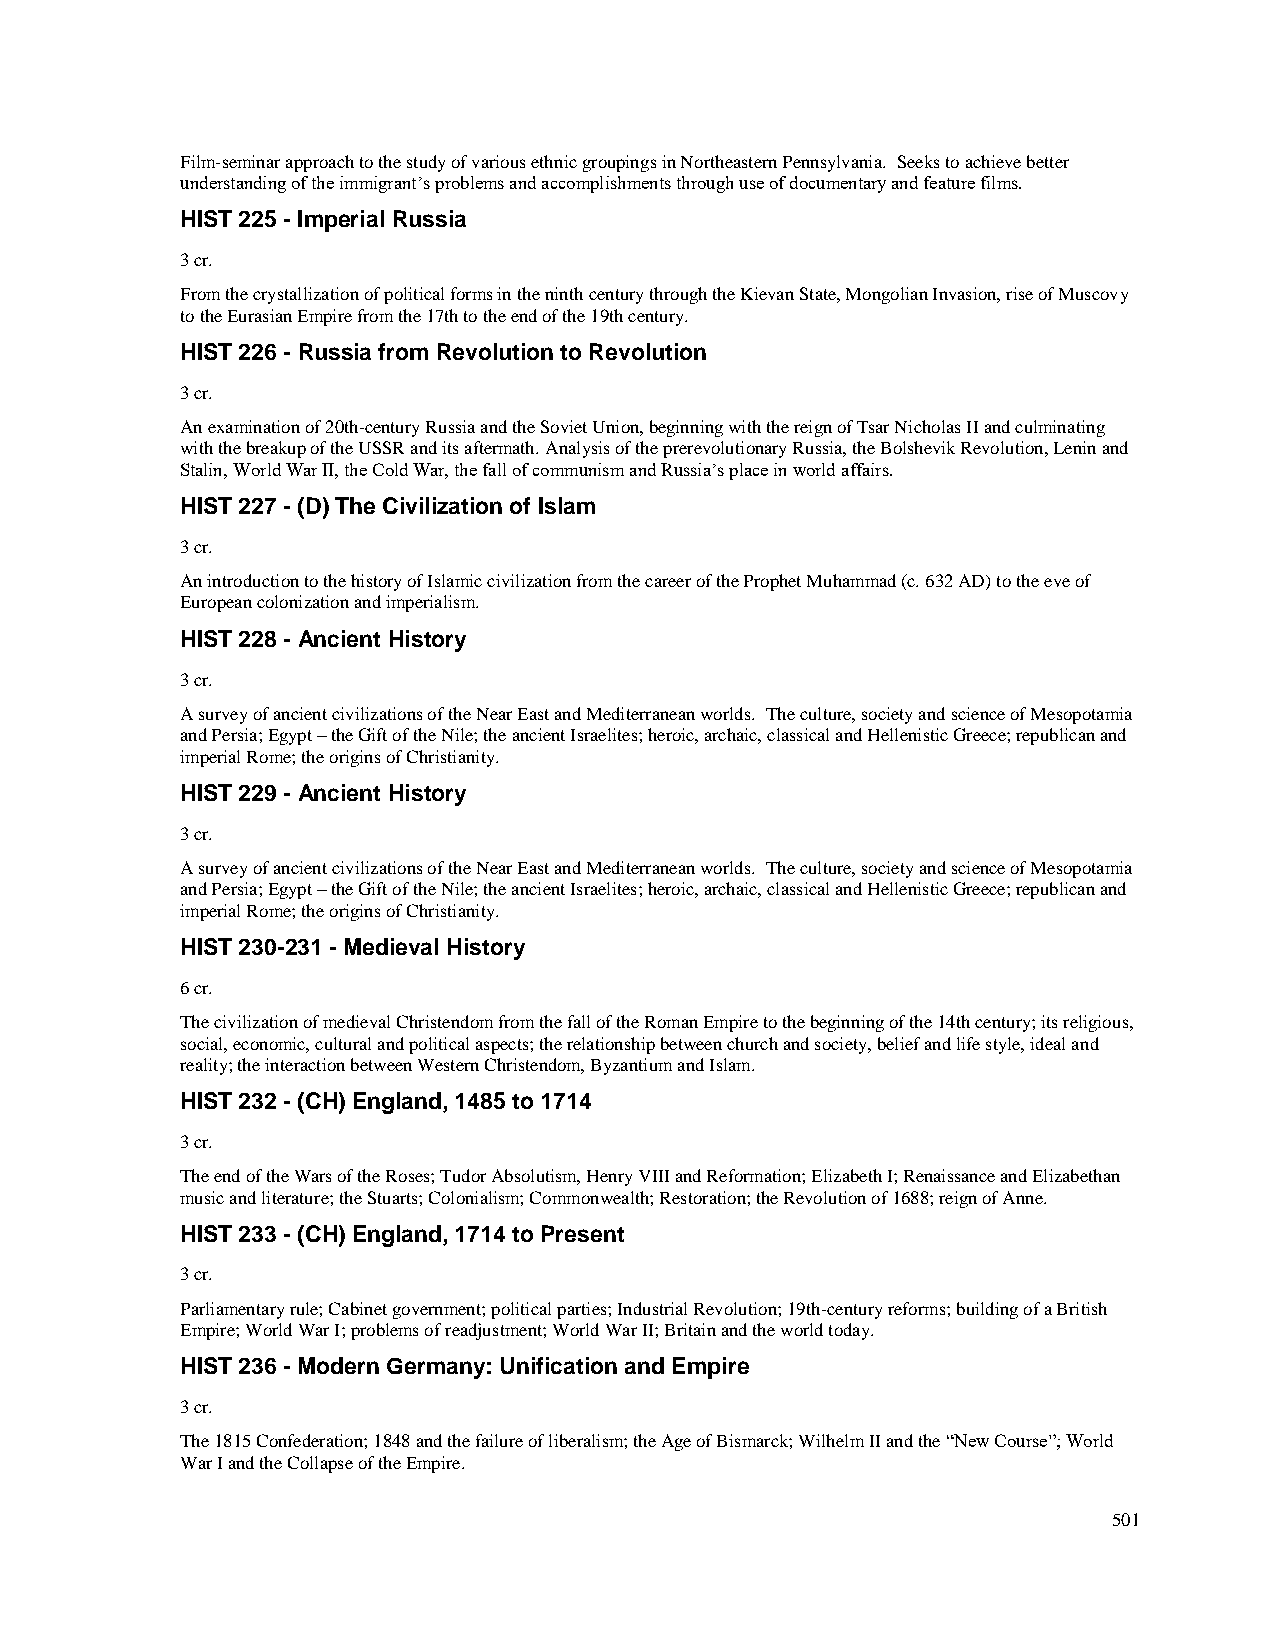
Film-seminar approach to the study of various ethnic groupings in Northeastern Pennsylvania. Seeks to achieve better
 understanding of the immigrant’s problems and accomplishments through use of documentary and feature films.
 HIST 225 - Imperial Russia
 3 cr.
 From the crystallization of political forms in the ninth century through the Kievan State, Mongolian Invasion, rise of Muscovy
 to the Eurasian Empire from the 17th to the end of the 19th century.
 HIST 226 - Russia from Revolution to Revolution
 3 cr.
 An examination of 20th-century Russia and the Soviet Union, beginning with the reign of Tsar Nicholas II and culminating
 with the breakup of the USSR and its aftermath. Analysis of the prerevolutionary Russia, the Bolshevik Revolution, Lenin and
 Stalin, World War II, the Cold War, the fall of communism and Russia’s place in world affairs.
 HIST 227 - (D) The Civilization of Islam
 3 cr.
 An introduction to the history of Islamic civilization from the career of the Prophet Muhammad (c. 632 AD) to the eve of
 European colonization and imperialism.
 HIST 228 - Ancient History
 3 cr.
 A survey of ancient civilizations of the Near East and Mediterranean worlds. The culture, society and science of Mesopotamia
 and Persia; Egypt – the Gift of the Nile; the ancient Israelites; heroic, archaic, classical and Hellenistic Greece; republican and
 imperial Rome; the origins of Christianity.
 HIST 229 - Ancient History
 3 cr.
 A survey of ancient civilizations of the Near East and Mediterranean worlds. The culture, society and science of Mesopotamia
 and Persia; Egypt – the Gift of the Nile; the ancient Israelites; heroic, archaic, classical and Hellenistic Greece; republican and
 imperial Rome; the origins of Christianity.
 HIST 230-231 - Medieval History
 6 cr.
 The civilization of medieval Christendom from the fall of the Roman Empire to the beginning of the 14th century; its religious,
 social, economic, cultural and political aspects; the relationship between church and society, belief and life style, ideal and
 reality; the interaction between Western Christendom, Byzantium and Islam.
 HIST 232 - (CH) England, 1485 to 1714
 3 cr.
 The end of the Wars of the Roses; Tudor Absolutism, Henry VIII and Reformation; Elizabeth I; Renaissance and Elizabethan
 music and literature; the Stuarts; Colonialism; Commonwealth; Restoration; the Revolution of 1688; reign of Anne.
 HIST 233 - (CH) England, 1714 to Present
 3 cr.
 Parliamentary rule; Cabinet government; political parties; Industrial Revolution; 19th-century reforms; building of a British
 Empire; World War I; problems of readjustment; World War II; Britain and the world today.
 HIST 236 - Modern Germany: Unification and Empire
 3 cr.
 The 1815 Confederation; 1848 and the failure of liberalism; the Age of Bismarck; Wilhelm II and the “New Course”; World
 War I and the Collapse of the Empire.
 501